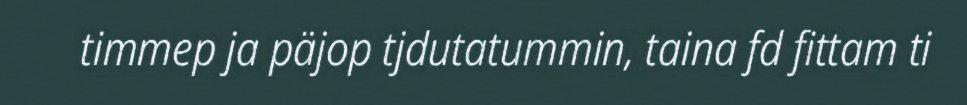
timmep ja päjop tjdutatummin, taina fd fittam ti